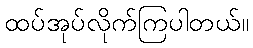
ထပ်အုပ်လိုက်ကြပါတယ်။